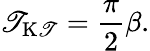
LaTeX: \mathscr{T}_{\mathrm{{K\mathscr{T}}}}=\frac{{\pi}}{{2}}\beta.